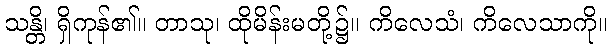
သန္တိ၊ ရှိကုန်၏။ တာသု၊ ထိုမိန်းမတို့၌။ ကိလေသံ၊ ကိလေသာကို။